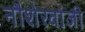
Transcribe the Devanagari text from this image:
नौशेरवांजी